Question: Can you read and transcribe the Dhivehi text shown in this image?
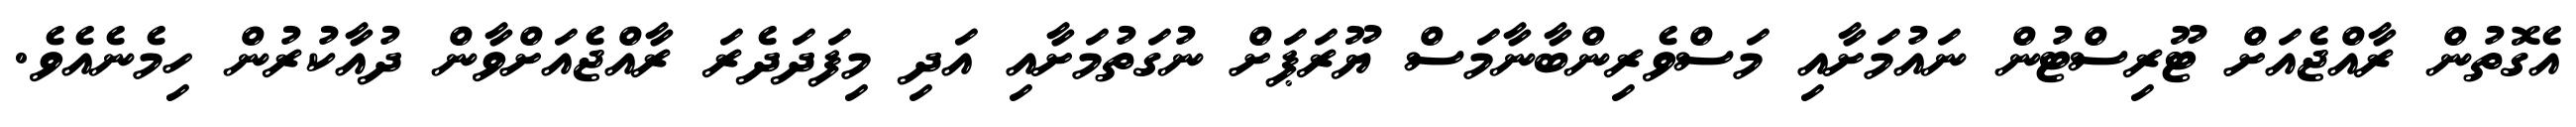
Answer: އެގޮތުން ރާއްޖެއަށް ޓޫރިސްޓުން ނައުމަށާއި މަސްވެރިންބާނާމަސް ޔޫރަޕަށް ނުގަތުމަށާއި އަދި މިފަދަދެރަ ރާއްޖެއަށްވާން ދުއާކުރުން ހިމެނެއެވެ.